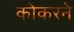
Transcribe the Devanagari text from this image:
कोकरने